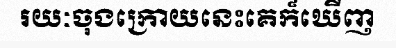
រយៈចុងក្រោយនេះគេក៏ឃើញ